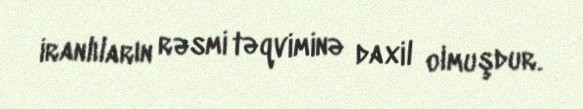
iranlıların rəsmi təqviminə daxil olmuşdur.